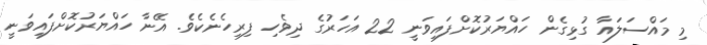
މި މައްސަލައާ ގުޅިގެން ހައްޔަރުކޮށްފައިވަނީ 22 އަހަރުގެ ދިވެހި ފިރިހެނެކެވެ. އޭނާ ހައްޔަރުކޮށްފައިވަނީ